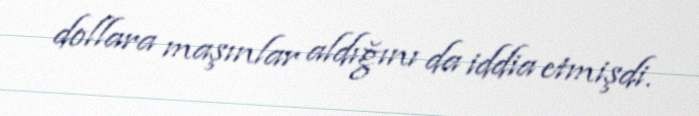
dollara maşınlar aldığını da iddia etmişdi.